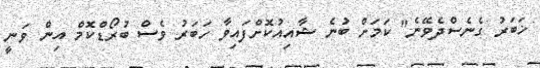
ޚަބަރު ގެނެސްދެވޭނެ" ކަމަށް ބުނެ ޝާއިއުކޮށްފައިވާ ހަބަރު ވެސް ބުރޯޑްކޮމް އިން ވަނީ